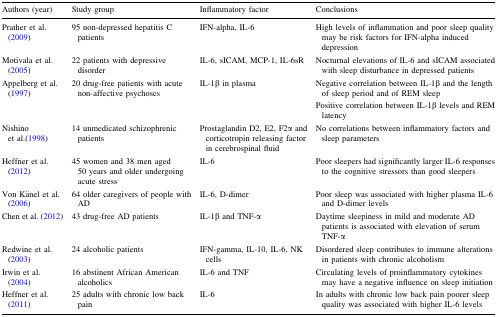
| Authors (year) | Study group | Inflammatory factor | Conclusions |
 | --- | --- | --- | --- |
 | Prather et al. (2009) | 95 non-depressed hepatitis C patients | IFN-alpha, IL-6 | High levels of inflammation and poor sleep quality may be risk factors for IFN-alpha induced depression |
 | Motivala et al. (2005) | 22 patients with depressive disorder | IL-6, sICAM, MCP-1, IL-6sR | Nocturnal elevations of IL-6 and sICAM associated with sleep disturbance in depressed patients |
 | Appelberg et al. (1997) | 20 drug-free patients with acute non-affective psychoses | IL-1β in plasma | Negative correlation between IL-1β and the length of sleep period and of REM sleepPositive correlation between IL-1β levels and REM latency |
 | Nishino et al.(1998) | 14 unmedicated schizophrenic patients | Prostaglandin D2, E2, F2α and corticotropin releasing factor in cerebrospinal fluid | No correlations between inflammatory factors and sleep parameters |
 | Heffner et al. (2012) | 45 women and 38 men aged 50 years and older undergoing acute stress | IL-6 | Poor sleepers had significantly larger IL-6 responses to the cognitive stressors than good sleepers |
 | Von Känel et al. (2006) | 64 older caregivers of people with AD | IL-6, D-dimer | Poor sleep was associated with higher plasma IL-6 and D-dimer levels |
 | Chen et al. (2012) | 43 drug-free AD patients | IL-1β and TNF-α | Daytime sleepiness in mild and moderate AD patients is associated with elevation of serum TNF-α |
 | Redwine et al. (2003) | 24 alcoholic patients | IFN-gamma, IL-10, IL-6, NK cells | Disordered sleep contributes to immune alterations in patients with chronic alcoholism |
 | Irwin et al. (2004) | 16 abstinent African American alcoholics | IL-6 and TNF | Circulating levels of proinflammatory cytokines may have a negative influence on sleep initiation |
 | Heffner et al. (2011) | 25 adults with chronic low back pain | IL-6 | In adults with chronic low back pain poorer sleep quality was associated with higher IL-6 levels |